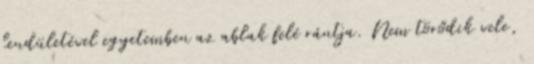
lendületével egyetemben az ablak felé rántja. Nem törődik vele,